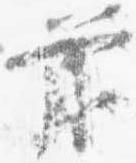
前